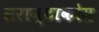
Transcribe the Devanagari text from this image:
सरान्टाकोस